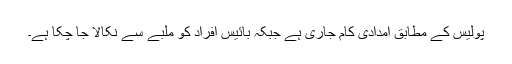
پولیس کے مطابق امدادی کام جاری ہے جبکہ بائیس افراد کو ملبے سے نکالا جا چکا ہے۔